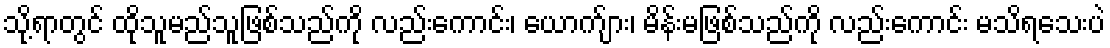
သို့ရာတွင် ထိုသူမည်သူဖြစ်သည်ကို လည်းကောင်း၊ ယောက်ျား၊ မိန်းမဖြစ်သည်ကို လည်းကောင်း မသိရသေးပဲ